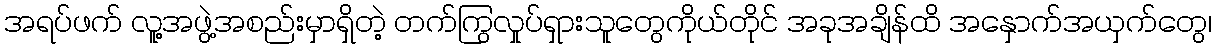
အရပ်ဖက် လူ့အဖွဲ့အစည်းမှာရှိတဲ့ တက်ကြွလှုပ်ရှားသူတွေကိုယ်တိုင် အခုအချိန်ထိ အနှောက်အယှက်တွေ၊